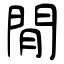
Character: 閒